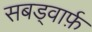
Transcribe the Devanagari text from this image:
सबड्वार्फ़